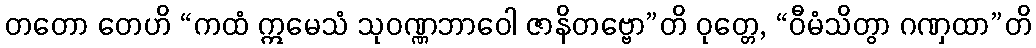
တတော တေဟိ “ကထံ ဣမေသံ သုဝဏ္ဏဘာဝေါ ဇာနိတဗ္ဗော”တိ ဝုတ္တေ, “ဝီမံသိတွာ ဂဏှထာ”တိ